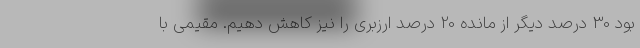
بود 30 درصد دیگر از مانده 20 درصد ارزبری را نیز کاهش دهیم. مقیمی با